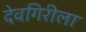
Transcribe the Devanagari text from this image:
देवगिरीला